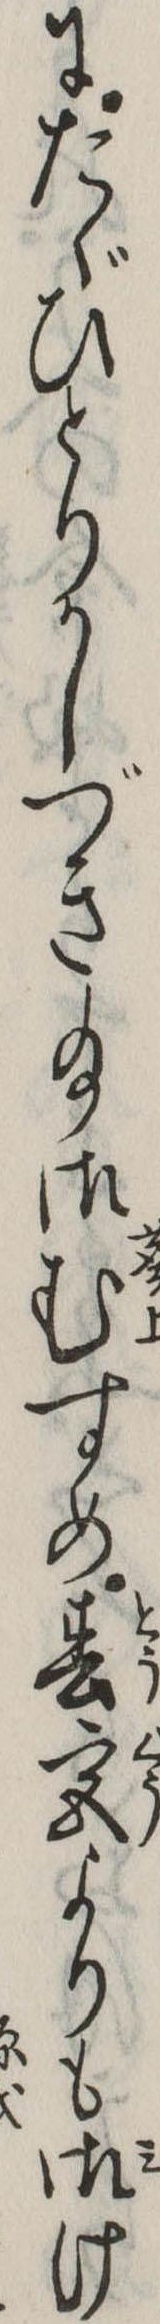
にたゞひとりかしづき給御むすめ春宮よりも御け